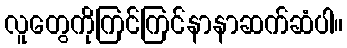
လူတွေကိုကြင်ကြင်နာနာဆက်ဆံပါ။